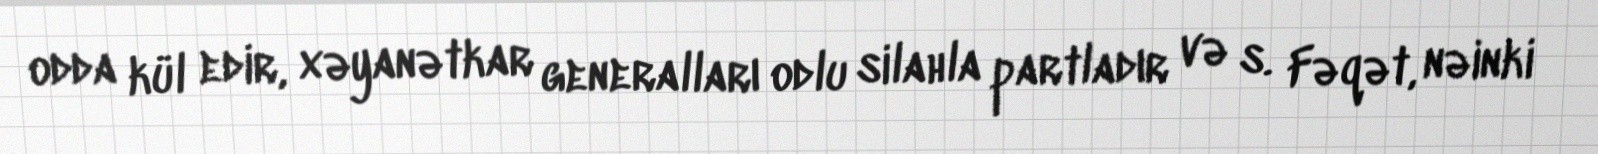
odda kül edir, xəyanətkar generalları odlu silahla partladır və s. Fəqət, nəinki